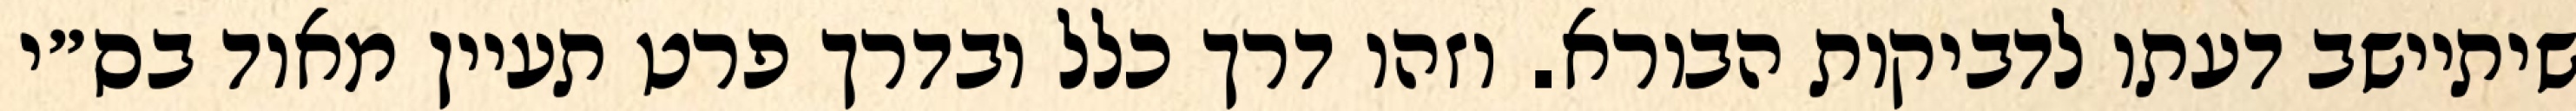
שיתיישב דעתו לדביקות הבורא. וזהו דרך כלל ובדרך פרט תעיין מאוד בס״י